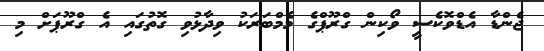
ޖެންޑާ އެޑްވޮކެސީ ވޯކިން ގްރޫޕްގެ މެމްބަރަކު ވިދާޅުވި ގޮތުގައި އެ ގްރޫޕަށް މި